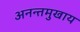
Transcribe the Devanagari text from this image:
अनन्तमुखाय